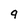
Character: g